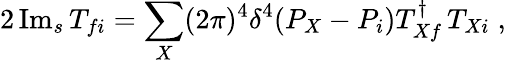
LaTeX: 2\, \mathrm{Im}_{s}\, T_{fi}=\sum_{X}(2\pi)^{4}\delta^{4}(P_{X}-P_{i})T_{Xf}^{\dagger}\, T_{Xi}\; ,